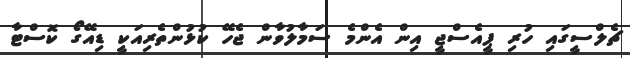
ޗެލްސީގައި ހުރި ޕީއެސްޖީ އިން އެންމެ ސަމާލުވާން ޖެހޭ ކުޅުންތެރިއަކީ ޑިއޭގޯ ކޮސްޓާ